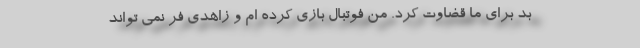
بد برای ما قضاوت کرد. من فوتبال بازی کرده ام و زاهدی فر نمی تواند